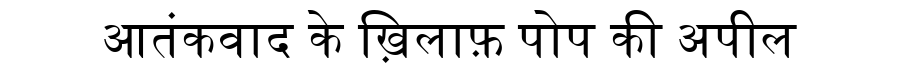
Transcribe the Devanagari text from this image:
आतंकवाद के ख़िलाफ़ पोप की अपील